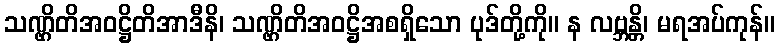
သဏ္ဌိတိအဝဋ္ဌိတိအာဒီနိ၊ သဏ္ဌိတိအဝဋ္ဌိအစရှိသော ပုဒ်တို့ကို။ န လဗ္ဘန္တိ၊ မရအပ်ကုန်။